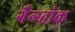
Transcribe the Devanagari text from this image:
गैन्ग्तोक